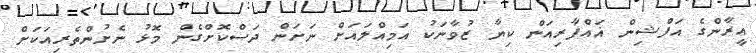
އީރާންގެ އަފްޝިން ޣައްފާރިއަން ކިޔާ ޒުވާނަކު އަމިއްލައަށް ނަށަން ދަސްކޮށްގެން މޮޅު ނެށުންތެރިއަކަށް